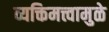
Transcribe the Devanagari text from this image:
व्यक्तिमत्त्वामुळे